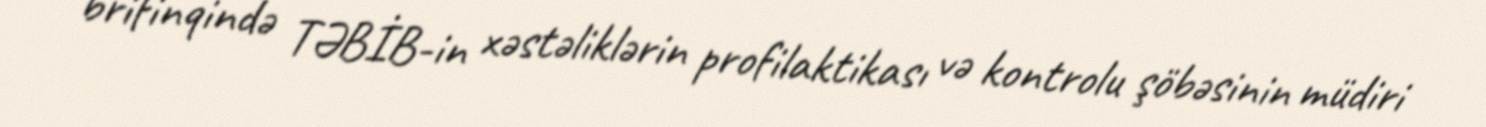
brifinqində TƏBİB-in xəstəliklərin profilaktikası və kontrolu şöbəsinin müdiri